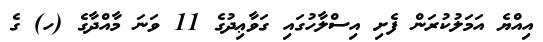
އިއްޔެ އަމަލުކުރަން ފެށި އިސްލާހުގައި ގަވާޢިދުގެ 11 ވަނަ މާއްދާގެ (ހ) ގެ